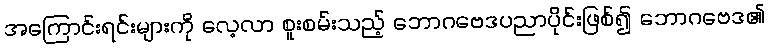
အကြောင်းရင်းများကို လေ့လာ စူးစမ်းသည့် ဘောဂဗေဒပညာပိုင်းဖြစ်၍ ဘောဂဗေဒ၏